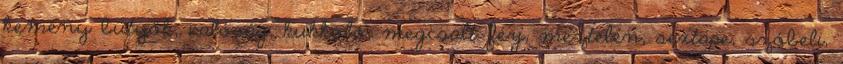
kemény bütyök, valóság, kukkoló, megcsalt férj, meztelen, sextape, szóbeli,